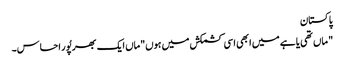
پاکستان
" ماں تھی یا ہے میں ابھی اسی کشمکش میں ہوں"ماں ایک بھرپُور احساس۔